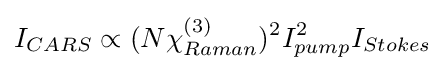
I_{CARS}\propto (N\chi _{Raman}^{(3)})^{2}I_{pump}^{2}I_{Stokes}